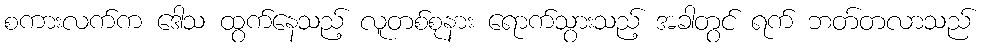
စကားလက်က ဒေါသ ထွက်နေသည့် လူတစ်စုနား ရောက်သွားသည့် အခါတွင် ရက် ဘတ်တလာသည်